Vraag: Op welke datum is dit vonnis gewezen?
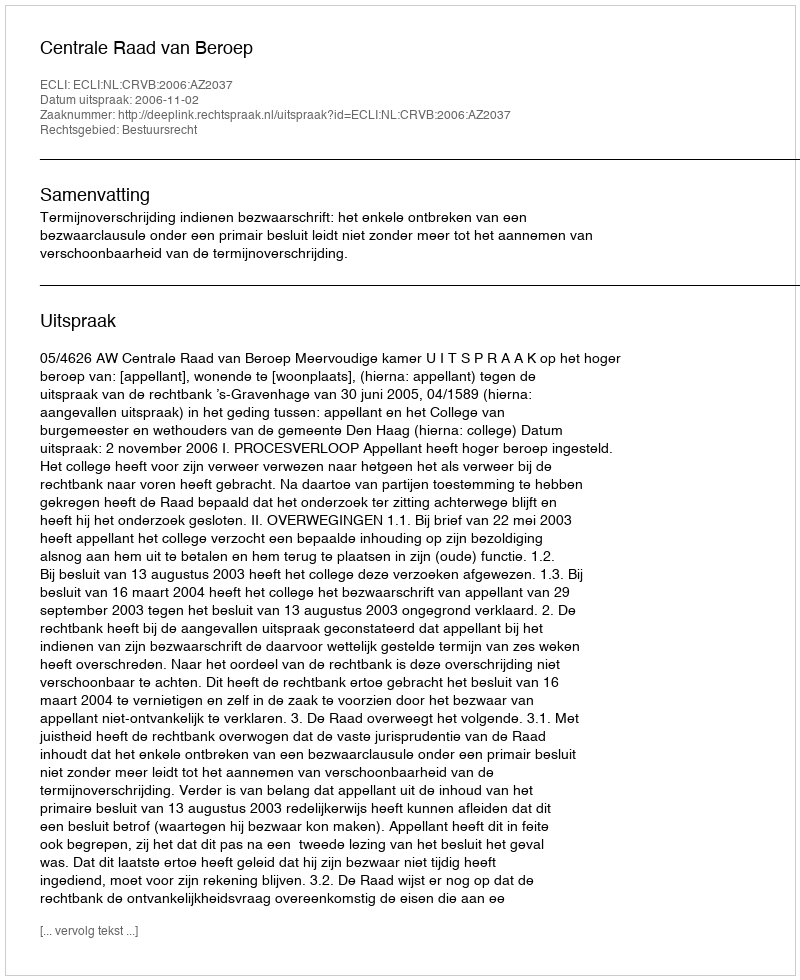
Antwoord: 2006-11-02